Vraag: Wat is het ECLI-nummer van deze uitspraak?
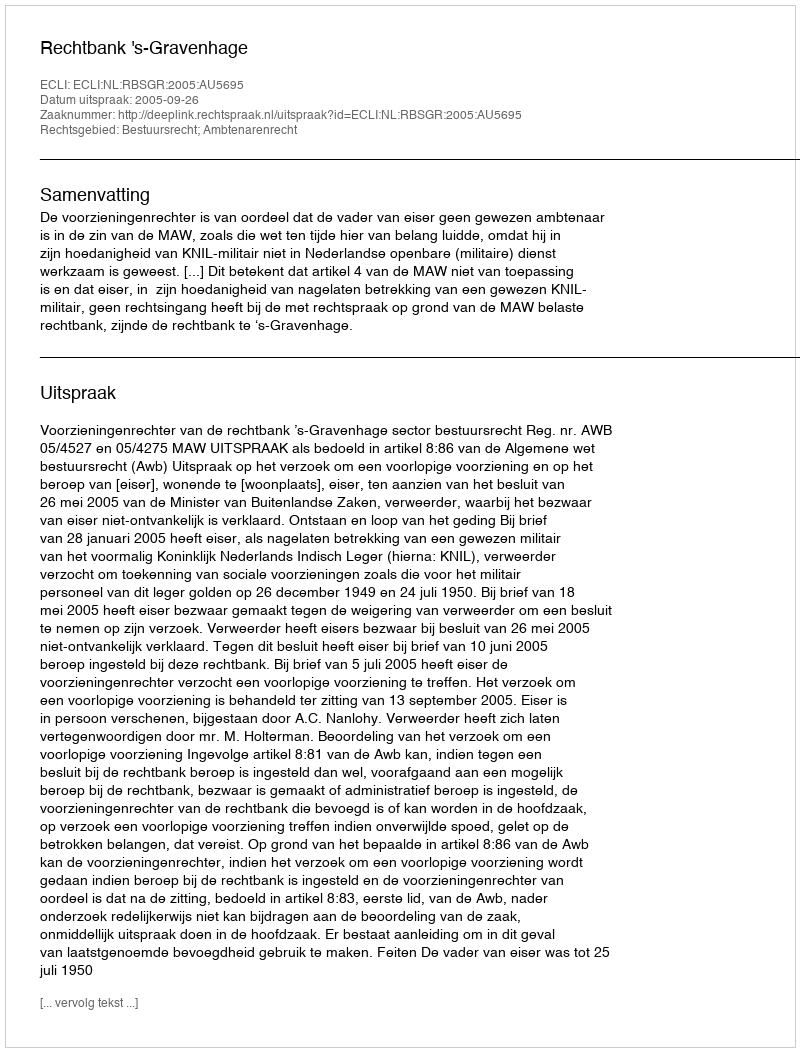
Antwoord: ECLI:NL:RBSGR:2005:AU5695